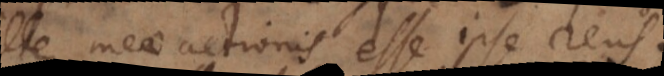
meae actionis esse ipse reus.